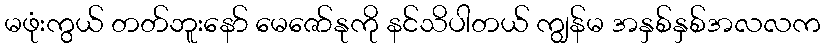
မဖုံးကွယ် တတ်ဘူးနော် မေဇော်နုကို နင်သိပါတယ် ကျွန်မ အနှစ်နှစ်အလလက